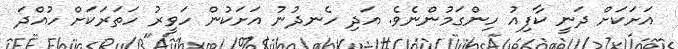
އަށަކަށް ދަނީ ކާފިއު ހިންގަމުންނެވެ. އަދި ހެނދުނު އަށަކުން ހަވީރު ހަތަރަކަށް ހުއްދަ